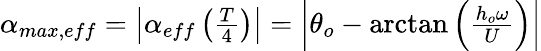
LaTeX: \begin{array}{r}{\alpha_{max,eff}=\left|\alpha_{eff}\left(\frac{T}{4}\right)\right|=\left|\theta_{o}-\arctan\left(\frac{h_{o}\omega}{U}\right)\right|}\end{array}